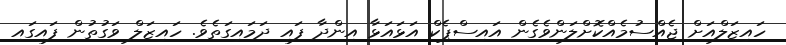
ހައިޒަލްއަށް ޖެއްސުމެއްކޮށްލަންވެގެން އައިސްޕެކް އަޅައަޅާ އިންދާ ފައި ދަމައިގަތެވެ. ހައިޒަލް ވަގުތުން ފައިގައި